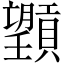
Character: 𪱮